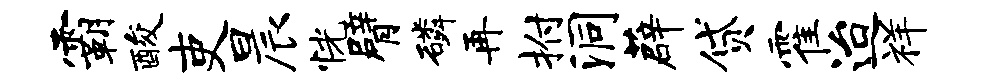
霸酸吏晨恍臂磷再拊洞薜贷霍迨祥